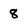
Character: 8